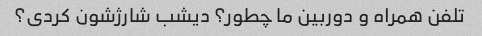
تلفن همراه و دوربین ما چطور؟ دیشب شارژشون کردی؟